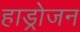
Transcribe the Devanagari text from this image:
हाड्रोजन